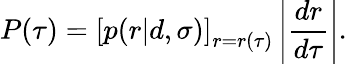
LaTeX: P(\tau)=\left[p(r|d,\sigma)\right]_{r=r(\tau)}\left\vert\frac{dr}{d\tau}\right\vert.